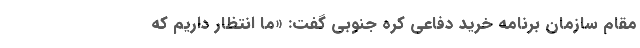
مقام سازمان برنامه خرید دفاعی کره جنوبی گفت: «ما انتظار داریم که